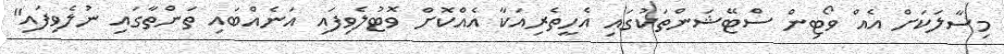
މިސާލަކަށް އެއް ވޯޓިން ސްޓޭޝަންތަކުގައި އެހީތެރިއަކާ އެއްކޮށް ވޮޓުލެވިފައި އަނެއްބައި ތަންތާގައި ނުލެވިފައި"